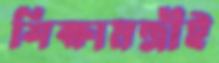
শিক্ষামন্ত্রীই